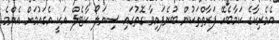
އެމެރިކާގެ ކަމާބެހޭ ފަރާތްތަކުން ބުނެފައިވާ ގޮތުގައި ސިނަލޯ ކާޓެލް އަކީ އެގައުމަށް އެންމެ